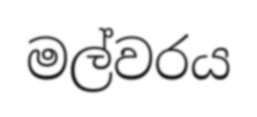
මල්වරය